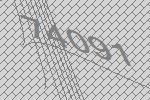
74091